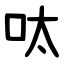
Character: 呔